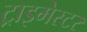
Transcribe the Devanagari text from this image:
ट्राइमेस्टर